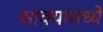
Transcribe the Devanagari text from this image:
साक्यामध्ये